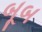
બૂબ